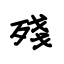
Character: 殘